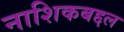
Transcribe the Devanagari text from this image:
नाशिकबद्दल